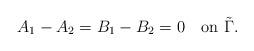
LaTeX: \begin{align*}A_1-A_2=B_1-B_2=0\quad\mbox{on}\,\,\tilde \Gamma.\end{align*}